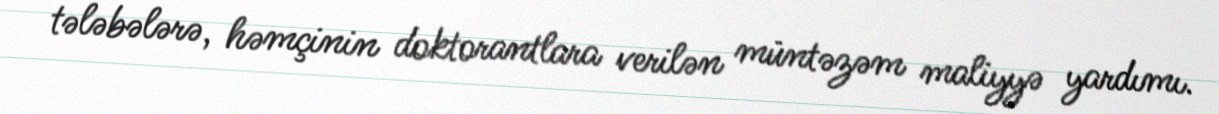
tələbələrə, həmçinin doktorantlara verilən müntəzəm maliyyə yardımı.